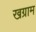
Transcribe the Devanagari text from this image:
खग्राम